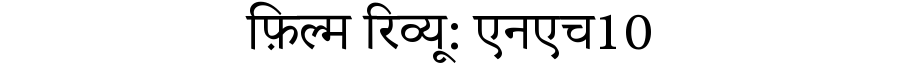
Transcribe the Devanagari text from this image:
फ़िल्म रिव्यू: एनएच10